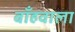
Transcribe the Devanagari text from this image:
बाँहवाला